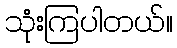
သုံးကြပါတယ်။